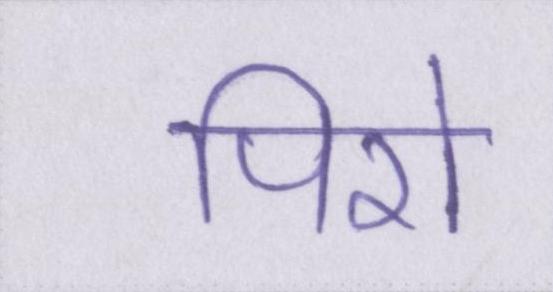
पिरो